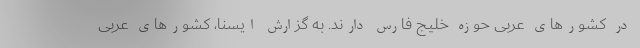
در کشورهای عربی حوزه خلیج فارس دارند. به گزارش ایسنا، کشورهای عربی